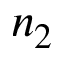
n _ { 2 }